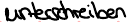
unterschreiben